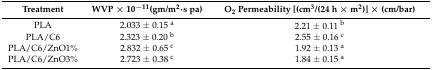
<table><thead><tr><td><b>Treatment</b></td><td><b>WVP × 10<sup>−11</sup>(gm/m<sup>2</sup>·s pa)</b></td><td><b>O<sub>2</sub> Permeability [(cm<sup>3</sup>/(24 h × m<sup>2</sup>)] × (cm/bar)</b></td></tr></thead><tbody><tr><td>PLA</td><td>2.033 ± 0.15 <sup>a</sup></td><td>2.21 ± 0.11 <sup>b</sup></td></tr><tr><td>PLA/C6</td><td>2.323 ± 0.20 <sup>b</sup></td><td>2.55 ± 0.16 <sup>c</sup></td></tr><tr><td>PLA/C6/ZnO1%</td><td>2.832 ± 0.65 <sup>c</sup></td><td>1.92 ± 0.13 <sup>a</sup></td></tr><tr><td>PLA/C6/ZnO3%</td><td>2.723 ± 0.38 <sup>c</sup></td><td>1.84 ± 0.15 <sup>a</sup></td></tr></tbody></table>